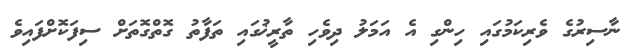
ނާސިރުގެ ވެރިކަމުގައި ހިންގި އެ އަމަލު ދިވެހި ތާރީޚުގައި ތަފާތު ގޮތްގޮތަށް ސިފަކޮށްފައިވެ